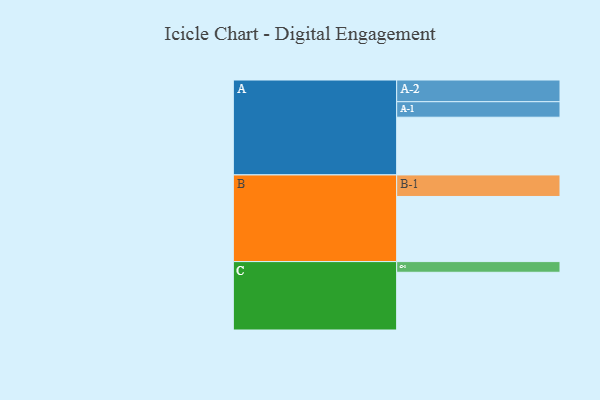
{"axis": {"x": "Segment", "y": "Value"}, "legend": ["", "A", "B", "C"], "data": [{"x": "A", "y": 335, "type": ""}, {"x": "B", "y": 378, "type": ""}, {"x": "C", "y": 335, "type": ""}, {"x": "A-1", "y": 90, "type": "A"}, {"x": "A-2", "y": 126, "type": "A"}, {"x": "B-1", "y": 125, "type": "B"}, {"x": "C-1", "y": 62, "type": "C"}]}